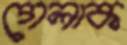
গেলাক